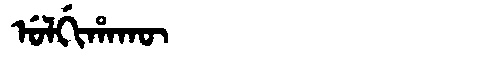
Manchu: ᡠᠯᡤᡳᡥᠠᡴᡡ
Romanization: ULGIHAKŪ